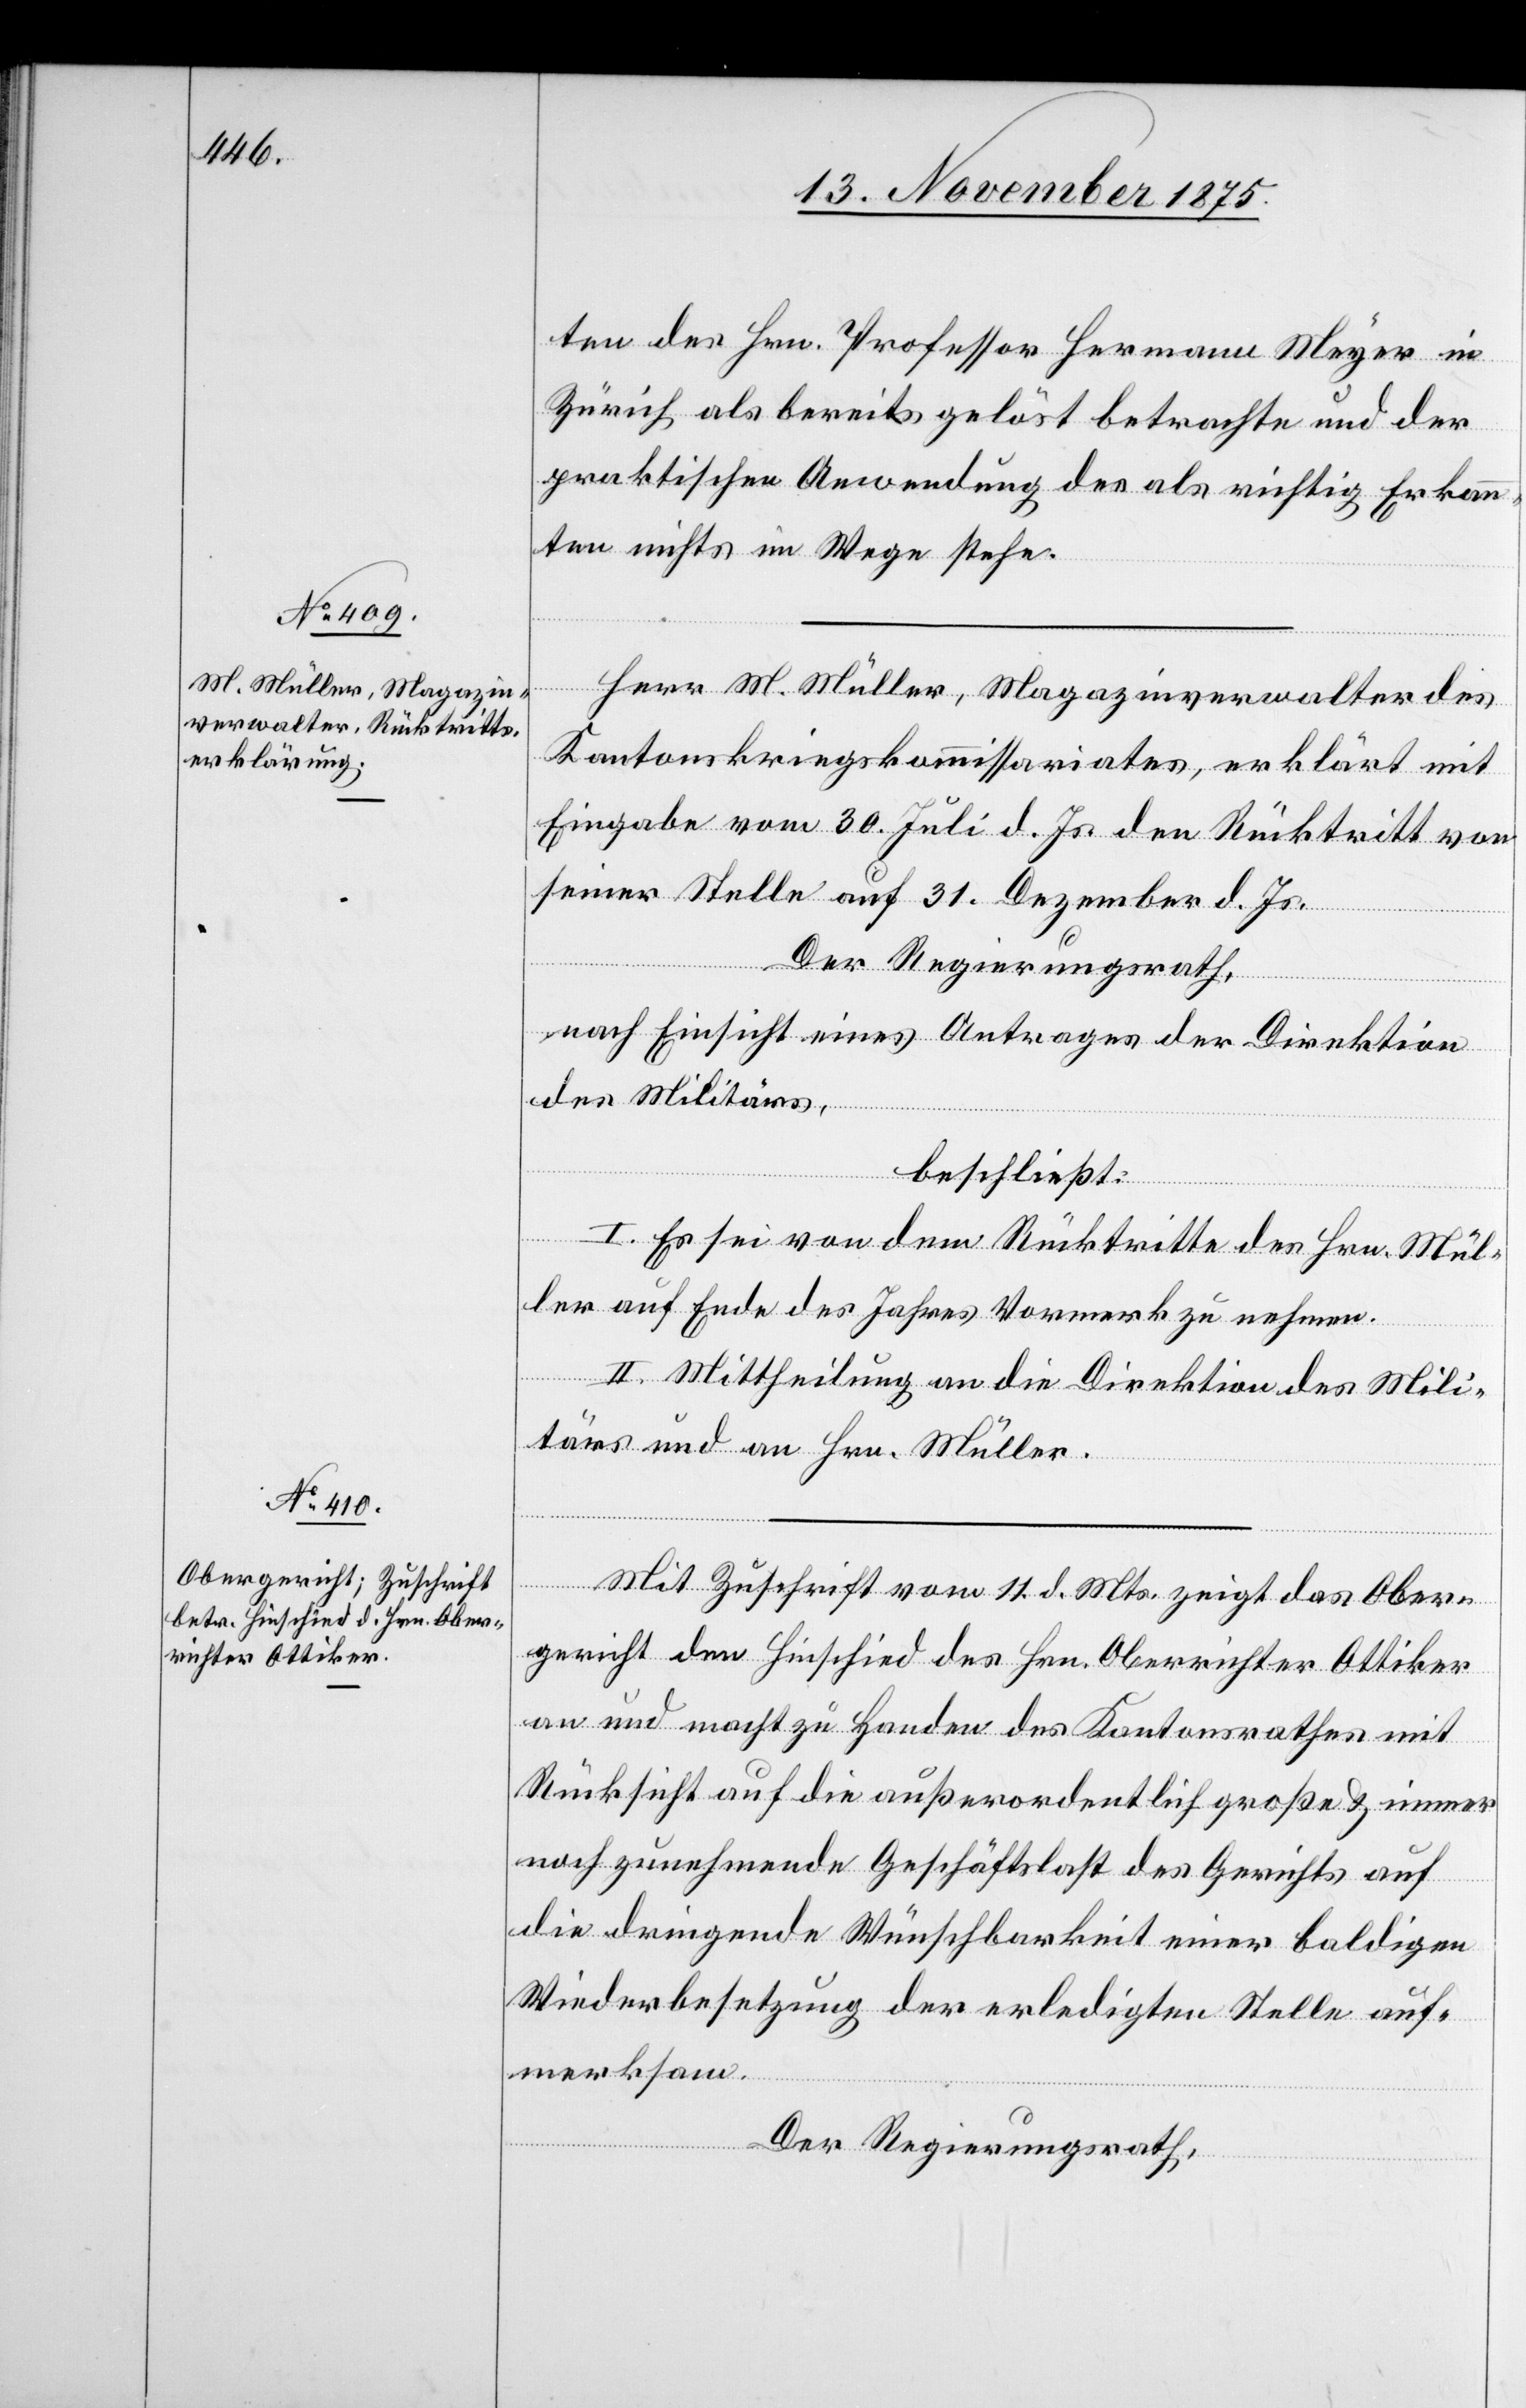
ten des Hrn. Professor Hermann Meyer in
Zürich als bereits gelöst betrachte und der
praktischen Anwendung des als richtig Erkann¬
ten nichts im Wege stehe.
Herr M. Müller, Magazinverwalter des
Kantonskriegskommissariates, erklärt mit
Eingabe vom 30. Juli d. Js. den Rücktritt von
seiner Stelle auf 31. Dezember d. Js.
Der Regierungsrath,
nach Einsicht eines Antrages der Direktion
des Militärs,
beschließt:
I. Es sei von dem Rücktritte des Hrn. Mül¬
ler auf Ende des Jahres Vormerk zu nehmen.
II. Mittheilung an die Direktion des Mili¬
tärs und an Hrn. Müller.
Mit Zuschrift vom 11. d. Mts. zeigt das Ober¬
gericht den Hinschied des Hrn. Oberrichter Ottiker
an und macht zu Handen des Kantonsrathes mit
Rücksicht auf die außerordentlich große & immer
noch zunehmende Geschäftslast des Gerichts auf
die dringende Wünschbarkeit einer baldigen
Wiederbesetzung der erledigten Stelle auf¬
merksam.
Der Regierungsrath,